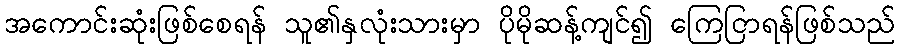
အကောင်းဆုံးဖြစ်စေရန် သူ၏နှလုံးသားမှာ ပိုမိုဆန့်ကျင်၍ ကြေငြာရန်ဖြစ်သည်